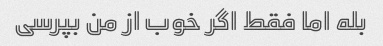
بله اما فقط اگر خوب از من بپرسی